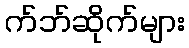
က်ဘ်ဆိုက်များ